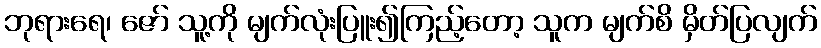
ဘုရားရေ၊ ဇော် သူ့ကို မျက်လုံးပြူး၍ကြည့်တော့ သူက မျက်စိ မှိတ်ပြလျက်